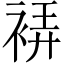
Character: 𧚂